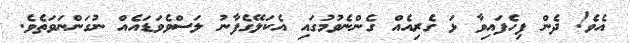
އެވެ! ދެން ފިހެފައިވާ ޅަ ގެރިއެއް ގެންނެވުމުގައި އެކަލޭގެފާނު ލަސްވެވަޑައެއް ނުގަންނަވަތެވެ.